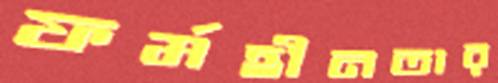
ফর্মহীনতার